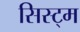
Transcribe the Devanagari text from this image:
सिस्ट्म